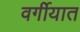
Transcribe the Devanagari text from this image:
वर्गीयात